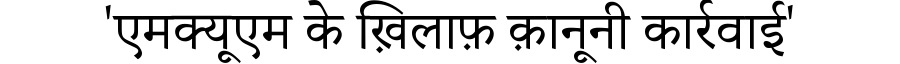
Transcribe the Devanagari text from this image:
'एमक्यूएम के ख़िलाफ़ क़ानूनी कार्रवाई'